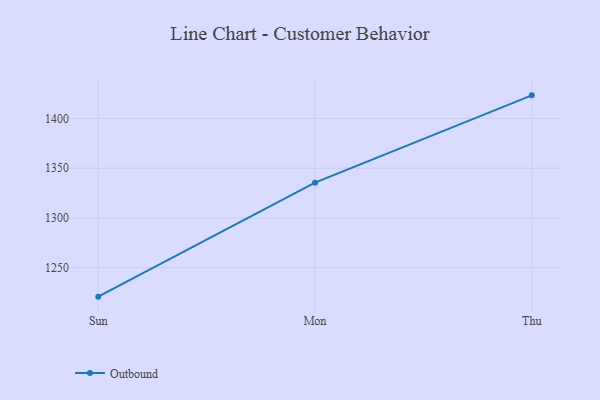
{"axis": {"x": "Day", "y": "Population (Million)"}, "legend": ["Outbound"], "data": [{"x": "Sun", "y": 1220.8, "type": "Outbound"}, {"x": "Mon", "y": 1335.5, "type": "Outbound"}, {"x": "Thu", "y": 1423.3, "type": "Outbound"}]}